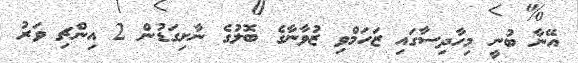
އޭނާ ބުނީ މިހާދިސާގައި ޒަހަމްވި ޒުވާނާގެ ބޮލުގެ ނާށިގަޑުން 2 އިންޗި ވަރު